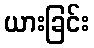
ယားခြင်း